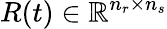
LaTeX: R(t)\in\mathbb{R}^{n_{r}\times n_{s}}